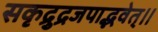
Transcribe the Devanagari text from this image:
सकृद्रुद्रजपाद्भवेत्।।